Civil Veterinary Dept. Bombay admin report 1923-31 - 1923-1931
Year: 1923
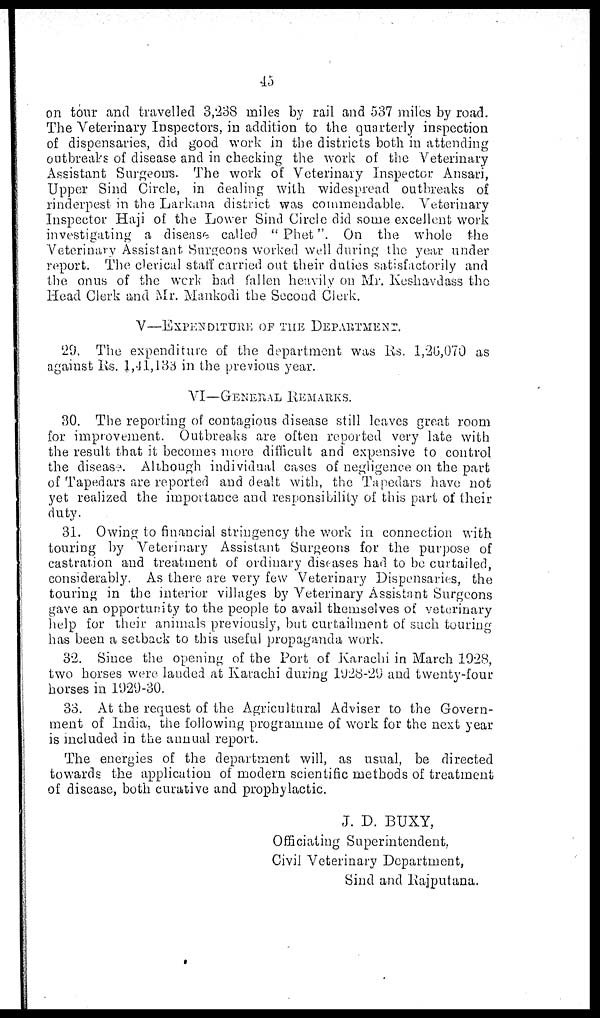
45
on tour and travelled 3,238 miles by rail and 537 miles by road.
The Veterinary Inspectors, in addition to the quarterly inspection
of dispensaries, did good work in the districts both in attending
outbreaks of disease and in checking the work of the Veterinary
Assistant Surgeons. The work of Veterinary Inspector Ansari,
Upper Sind Circle, in dealing with widespread outbreaks of
rinderpest in the Larkana district was commendable. Veterinary
Inspector Haji of the Lower Sind Circle did some excellent work
investigating a disease called "Phet". On the whole the
Veterinary Assistant Surgeons worked well during the year under
report. The clerical staff carried out their duties satisfactorily and
the onus of the work had fallen heavily on Mr. Keshavdass the
Head Clerk and Mr. Mankodi the Second Clerk.
V—EXPENDITURE OF THE DEPARTMENT.
29. The expenditure of the department was Rs. 1,26,070 as
against Rs. 1,41,133 in the previous year.
VI—GENERAL REMARKS.
30. The reporting of contagious disease still leaves great room
for improvement. Outbreaks are often reported very late with
the result that it becomes more difficult and expensive to control
the disease. Although individual cases of negligence on the part
of Tapedars are reported and dealt with, the Tapedars have not
yet realized the importance and responsibility of this part of their
duty.
31. Owing to financial stringency the work in connection with
touring by Veterinary Assistant Surgeons for the purpose of
castration and treatment of ordinary diseases had to be curtailed,
considerably. As there are very few Veterinary Dispensaries, the
touring in the interior villages by Veterinary Assistant Surgeons
gave an opportunity to the people to avail themselves of veterinary
help for their animals previously, but curtailment of such touring
has been a setback to this useful propaganda work.
32. Since the opening of the Port of Karachi in March 1928,
two horses were landed at Karachi during 1928-29 and twenty-four
horses in 1929-30.
33. At the request of the Agricultural Adviser to the Govern-
ment of India, the following programme of work for the next year
is included in the annual report.
The energies of the department will, as usual, be directed
towards the application of modern scientific methods of treatment
of disease, both curative and prophylactic.
J. D. BUXY,
Officiating Superintendent,
Civil Veterinary Department,
Sind and Rajputana.